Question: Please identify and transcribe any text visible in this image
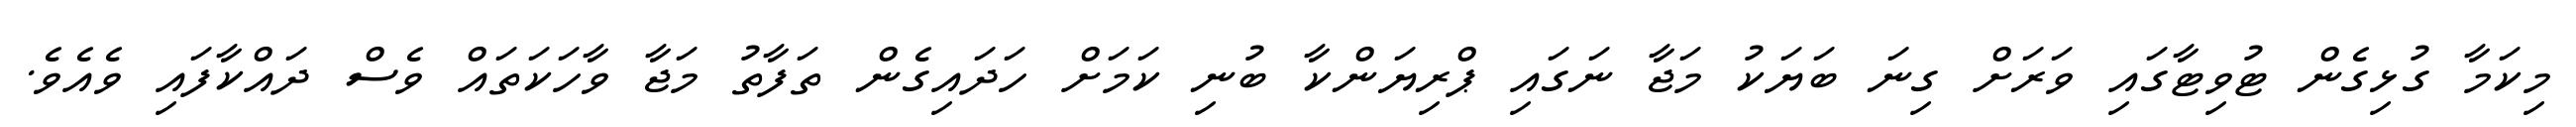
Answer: މިކަމާ ގުޅިގެން ޓުވިޓާގައި ވަރަށް ގިނަ ބަޔަކު މަޖާ ނަގައި ޕްރިޔަންކާ ބުނި ކަމަށް ހަދައިގެން ތަފާތު މަޖާ ވާހަކަތައް ވެސް ދައްކާފައި ވެއެވެ.